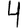
Digit: 4